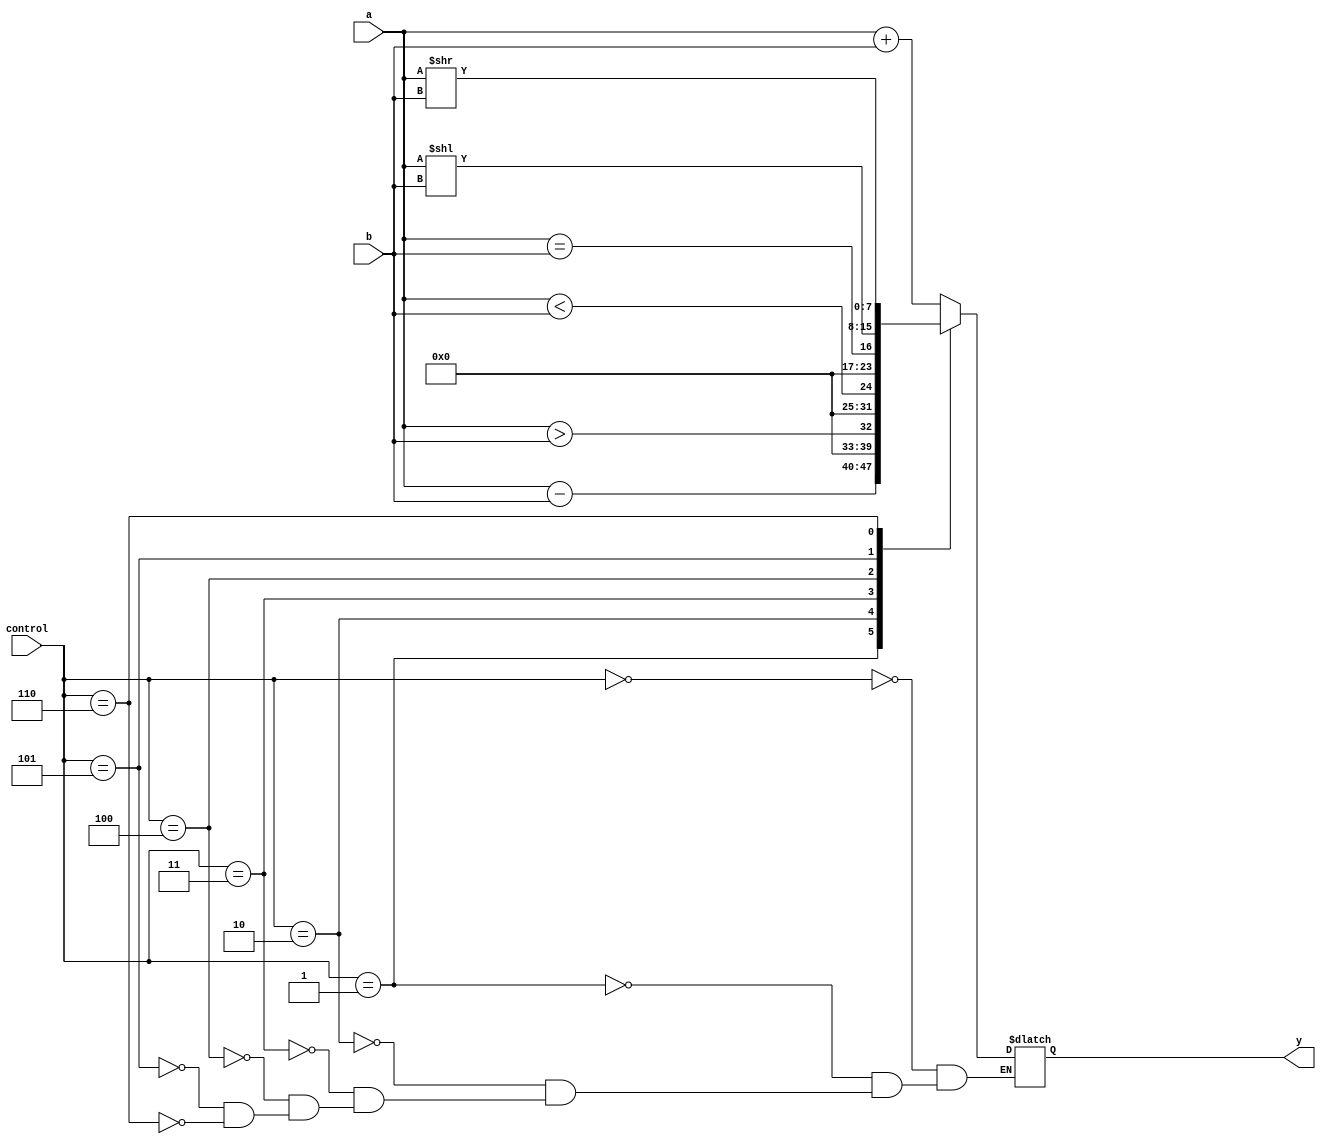
module atto_alu(control, a, b, y);
 input [3:0]control;
 input [7:0]a;
 input [7:0]b;
 output reg [7:0]y;

 
 always@(*)
 begin
     case(control)
         0:y=a+b;
         1:y=a-b;
         2:y=a>b;
         3:y=a<b;
         4:y=a==b;
         5:y=a<<b;
         6:y=a>>b;
     endcase
 end
endmodule